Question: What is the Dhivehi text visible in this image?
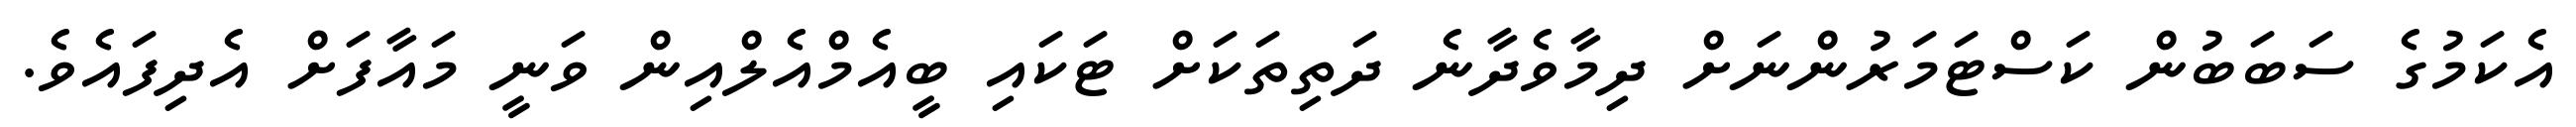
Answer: އެކަމުގެ ސަބަބުން ކަސްޓަމަރުންނަށް ދިމާވެދާނެ ދަތިތަކަށް ޓަކައި ބީއެމްއެލްއިން ވަނީ މައާފަށް އެދިފައެވެ.